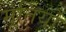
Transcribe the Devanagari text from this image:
मूतिर्यो